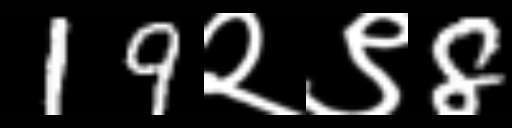
Text: 19२९8